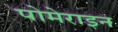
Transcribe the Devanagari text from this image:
पोमेराइन